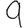
Digit: 9